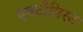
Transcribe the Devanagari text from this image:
एक्टीविस्ट